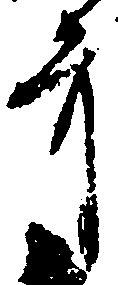
弁